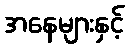
အနေများနှင့်